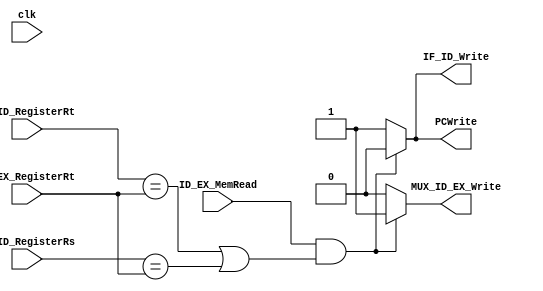
 module hazard_detection_unit(
	input wire clk,
	input wire ID_EX_MemRead,
	input wire[4:0] ID_EX_RegisterRt,
	input wire[4:0] IF_ID_RegisterRs,
	input wire[4:0] IF_ID_RegisterRt,
	output reg PCWrite,
	output reg IF_ID_Write,
	output reg MUX_ID_EX_Write
	);

	always@(clk, ID_EX_MemRead, ID_EX_RegisterRt, IF_ID_RegisterRs, IF_ID_RegisterRt) begin
		if(ID_EX_MemRead & (IF_ID_RegisterRt == ID_EX_RegisterRt  || IF_ID_RegisterRs == ID_EX_RegisterRt) ) begin
			PCWrite = 0;
			IF_ID_Write = 0;
			MUX_ID_EX_Write = 1;
		end else begin
			PCWrite = 1;
			IF_ID_Write = 1;
			MUX_ID_EX_Write = 0;
		end
	end
endmodule

// module testbench();
// 	reg ID_EX_MemRead;
// 	reg[31:0] ID_EX_RegisterRt;
// 	reg[31:0] IF_ID_RegisterRs;
// 	reg[31:0] IF_ID_RegisterRt;
// 	wire PCWrite;
// 	wire IF_ID_Write;
// 	wire MUX_ID_EX_Write;
//
// 	hazard_detection_unit hazardsUnit(.ID_EX_MemRead(ID_EX_MemRead), .ID_EX_RegisterRt(ID_EX_RegisterRt), .IF_ID_RegisterRs(IF_ID_RegisterRs), .IF_ID_RegisterRt(IF_ID_RegisterRt), .PCWrite(PCWrite), .IF_ID_Write(IF_ID_Write), .MUX_ID_EX_Write(MUX_ID_EX_Write));
//
// 	initial begin
// 		#50
// 		ID_EX_MemRead <= 1;
// 		ID_EX_RegisterRt <= 10;
// 		IF_ID_RegisterRs <= 8;
// 		IF_ID_RegisterRt <= 10;
// 		#50
// 		$display("PCWrite: %b | IF_ID_Write: %b | MUX_ID_EX_Write: %b\n", PCWrite, IF_ID_Write, MUX_ID_EX_Write);
//
// 	end
//
// endmodule